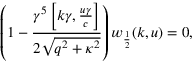
\left( 1 - \frac { \gamma ^ { 5 } \left[ k \gamma , \frac { u \gamma } { c } \right] } { 2 \sqrt { q ^ { 2 } + \kappa ^ { 2 } } } \right) w _ { \frac { 1 } { 2 } } ( k , u ) = 0 ,